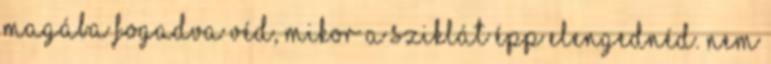
magába fogadva véd, mikor a sziklát épp elengednéd. nem